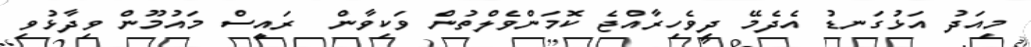
މިއަދު އަޅުގަނޑު އެދެމޭ ދިވެހިރާއްޖެ ކޮމަންވެލްތުން ވަކިވާން  ރައީސް މައުމޫން ވިދާޅުވި